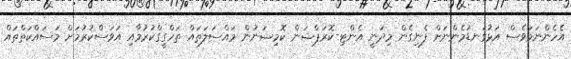
އެހެންނަމަވެސް އަޅުގަނޑުމެންނަށް ފެނިގެން މިދަނީ އެންޓި-ކޮރަޕްޝަން ކޮމިޝަނުން މައްސަލަތައް ތަހްގީގްކުރުމާއި އަވަސްކުރުމަށް މަސައްކަތްތައް